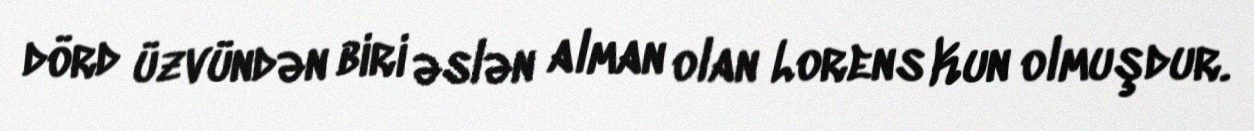
dörd üzvündən biri əslən alman olan Lorens Kun olmuşdur.